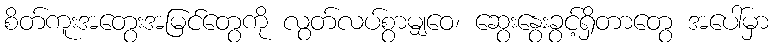
စိတ်ကူးအတွေးအမြင်တွေကို လွတ်လပ်စွာမျှဝေ၊ ဆွေးနွေးခွင့်ရှိတာတွေ အပေါ်မှာ